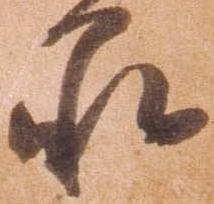
承